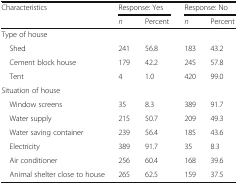
| <ROWSPAN=2> Characteristics | <COLSPAN=2> Response: Yes | <COLSPAN=2> Response: No |
 | n | Percent | n | Percent |
 | --- | --- | --- | --- | --- |
 | <COLSPAN=5> Type of house |
 | Shed | 241 | 56.8 | 183 | 43.2 |
 | Cement block house | 179 | 42.2 | 245 | 57.8 |
 | Tent | 4 | 1.0 | 420 | 99.0 |
 | <COLSPAN=5> Situation of house |
 | Window screens | 35 | 8.3 | 389 | 91.7 |
 | Water supply | 215 | 50.7 | 209 | 49.3 |
 | Water saving container | 239 | 56.4 | 185 | 43.6 |
 | Electricity | 389 | 91.7 | 35 | 8.3 |
 | Air conditioner | 256 | 60.4 | 168 | 39.6 |
 | Animal shelter close to house | 265 | 62.5 | 159 | 37.5 |